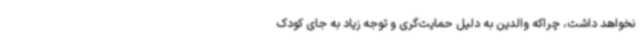
نخواهد داشت، چراکه والدین به دلیل حمایت‌گری و توجه زیاد به جای کودک